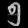
Digit: ၅